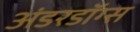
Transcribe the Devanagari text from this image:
अंडरडॉग्स